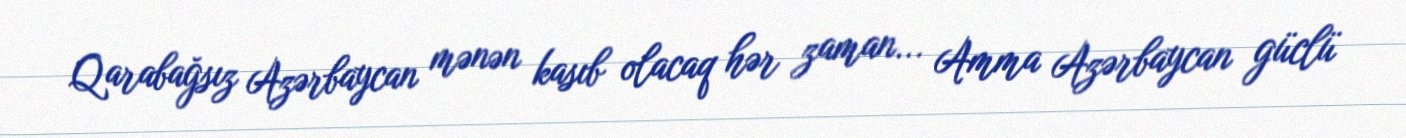
Qarabağsız Azərbaycan mənən kasıb olacaq hər zaman... Amma Azərbaycan güclü